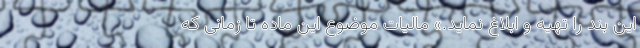
این بند را تهیه و ابلاغ نماید.» مالیات موضوع این ماده تا زمانی که